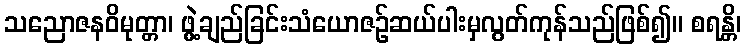
သညောဇနဝိမုတ္တာ၊ ဖွဲ့ချည်ခြင်းသံယောဇဉ်ဆယ်ပါးမှလွတ်ကုန်သည်ဖြစ်၍။ စရန္တိ၊